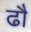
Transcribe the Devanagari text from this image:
ढौ